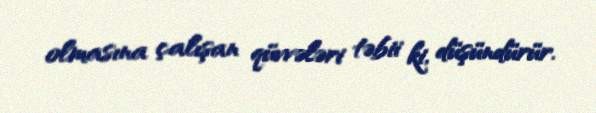
olmasına çalışan qüvvələri təbii ki, düşündürür.